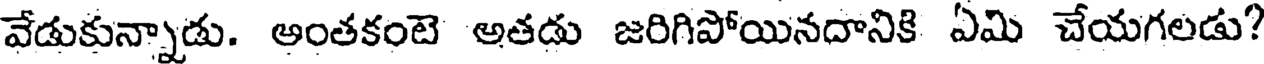
వేడుకున్నాడు. ఆంతకంటె అతడు జరిగిపోయినదానికి ఏమి చేయగలడు?